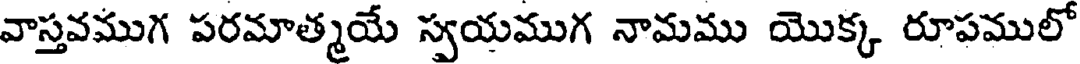
వాస్తవముగ పరమాత్మయే స్వయముగ నామము యొక్క రూపములో